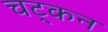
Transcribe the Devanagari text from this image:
चट्कन